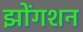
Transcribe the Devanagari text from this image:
झोंगशन